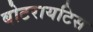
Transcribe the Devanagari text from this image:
बोटरायटिस